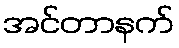
အင်တာနက်